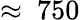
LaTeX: \approx~750